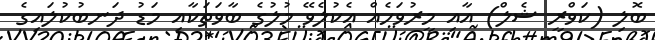
ބޮލި (ކަވްރީ ޝެލް) އާއި މީރުވަހެއް އެކުލެވޭ މުލުގެ ބާވަތަކާއި މަޑު ދަނބުކުލައިގެ